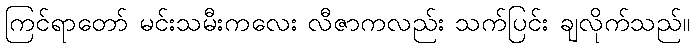
ကြင်ရာတော် မင်းသမီးကလေး လီဇာကလည်း သက်ပြင်း ချလိုက်သည်။